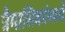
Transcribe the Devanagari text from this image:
त्रैमासिकांमध्ये